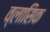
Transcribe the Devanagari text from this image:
व्लासिक